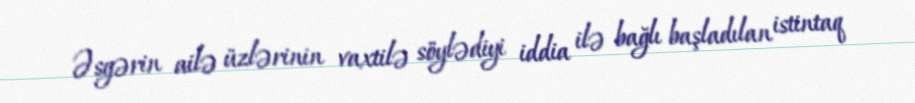
Əsgərin ailə üzlərinin vaxtilə söylədiyi iddia ilə bağlı başladılan istintaq